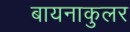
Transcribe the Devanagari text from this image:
बायनाकुलर